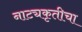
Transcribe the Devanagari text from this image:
नाट्यकृतीचा